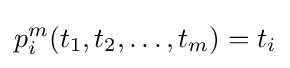
p_{i}^{m}(t_{1},t_{2},\dots ,t_{m})=t_{i}